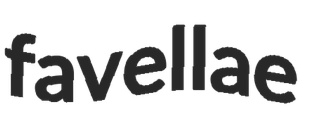
favellae